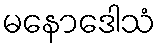
မနောဒေါသံ